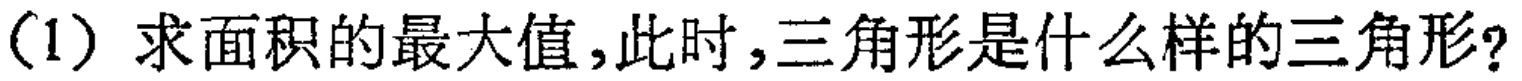
(1) 求面积的最大值,此时,三角形是什么样的三角形?